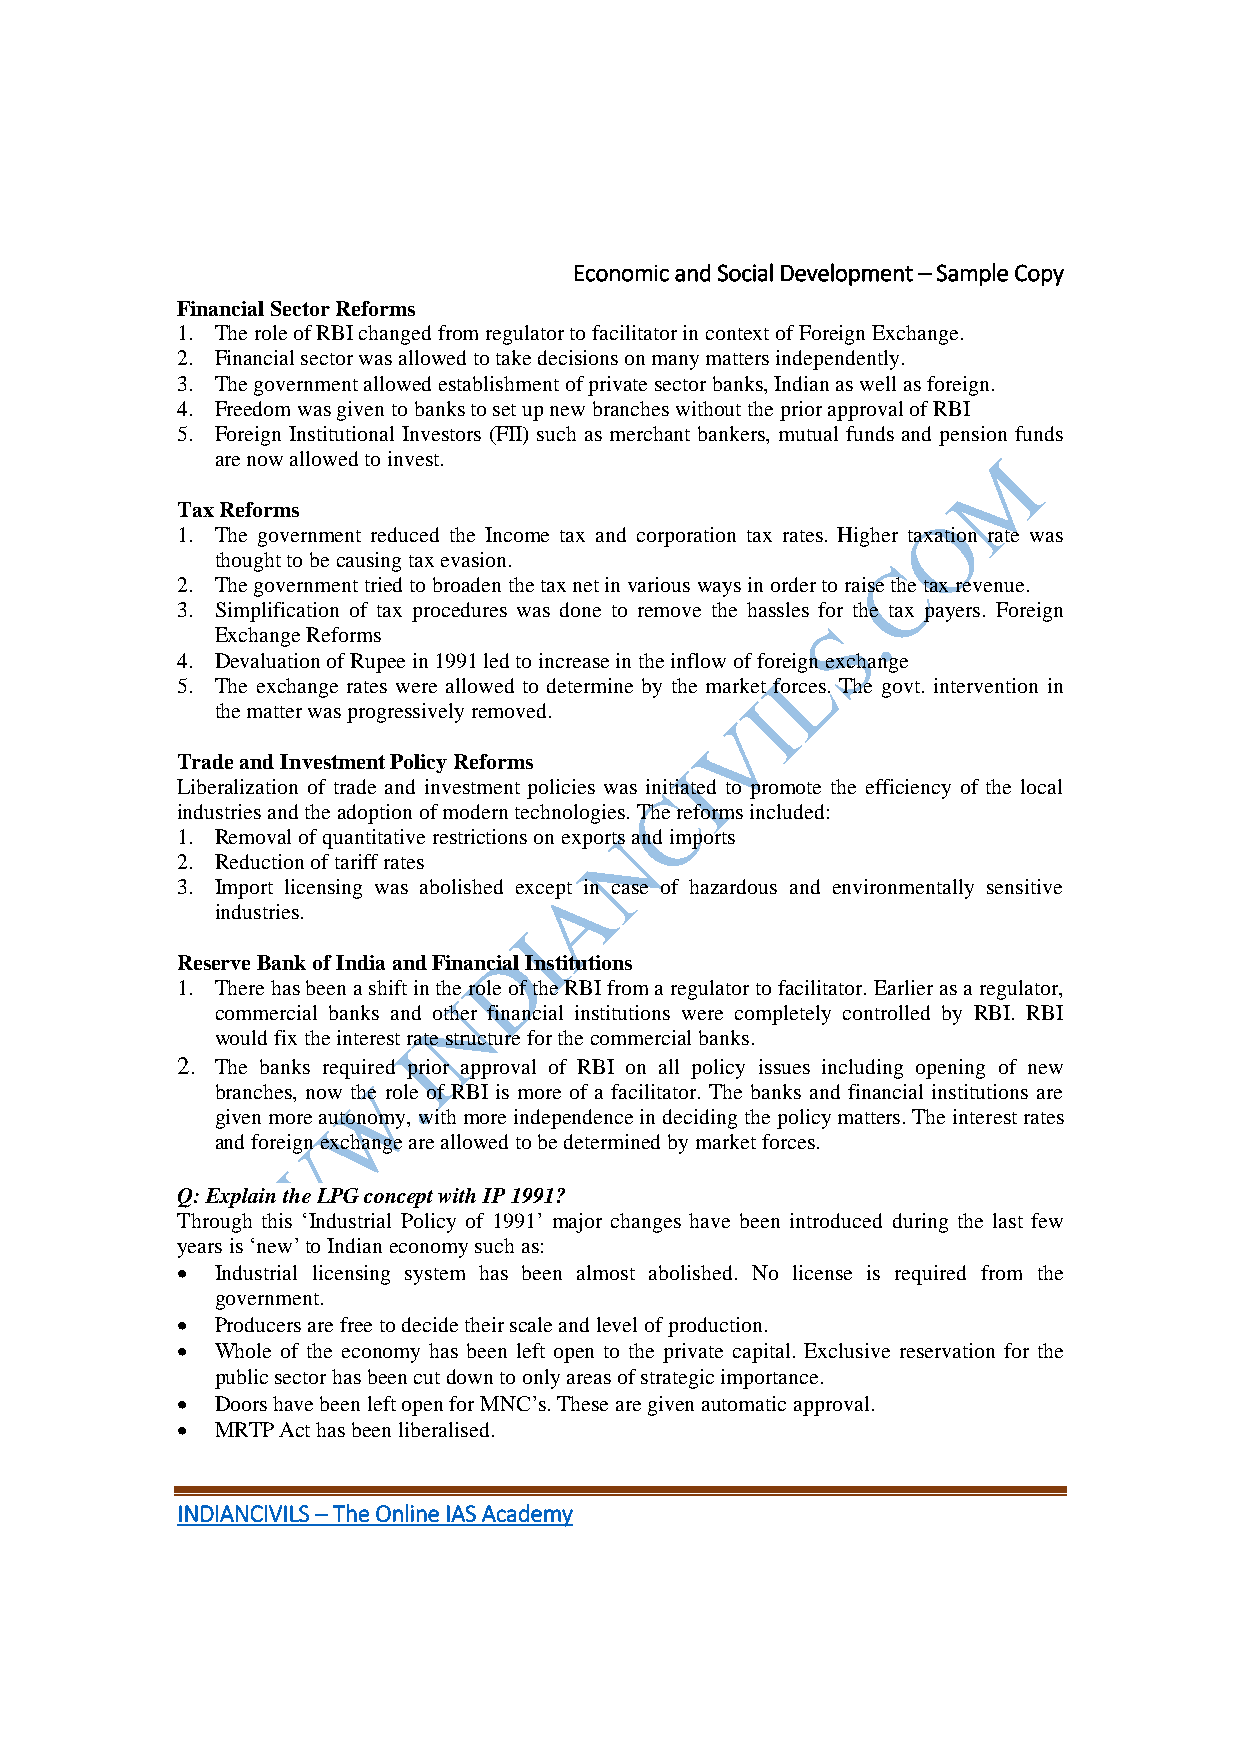
Economic and Social Development – Sample Copy
 Financial Sector Reforms
 1. The role of RBI changed from regulator to facilitator in context of Foreign Exchange.
 2. Financial sector was allowed to take decisions on many matters independently.
 3. The government allowed establishment of private sector banks, Indian as well as foreign.
 4. Freedom was given to banks to set up new branches without the prior approval of RBI
 5. Foreign Institutional Investors (FII) such as merchant bankers, mutual funds and pension funds
 are now allowed to invest.
 Tax Reforms
 1. The government reduced the Income tax and corporation tax rates. Higher taxation rate was
 thought to be causing tax evasion.
 2. The government tried to broaden the tax net in various ways in order to raise the tax revenue.
 3. Simplification of tax procedures was done to remove the hassles for the tax payers. Foreign
 Exchange Reforms
 4. Devaluation of Rupee in 1991 led to increase in the inflow of foreign exchange
 5. The exchange rates were allowed to determine by the market forces. The govt. intervention in
 the matter was progressively removed.
 Trade and Investment Policy Reforms
 Liberalization of trade and investment policies was initiated to promote the efficiency of the local
 industries and the adoption of modern technologies. The reforms included:
 1. Removal of quantitative restrictions on exports and imports
 2. Reduction of tariff rates
 3. Import licensing was abolished except in case of hazardous and environmentally sensitive
 industries.
 Reserve Bank of India and Financial Institutions
 1. There has been a shift in the role of the RBI from a regulator to facilitator. Earlier as a regulator,
 commercial banks and other financial institutions were completely controlled by RBI. RBI
 would fix the interest rate structure for the commercial banks.
 2. The banks required prior approval of RBI on all policy issues including opening of new
 branches, now the role of RBI is more of a facilitator. The banks and financial institutions are
 given more autonomy, with more independence in deciding the policy matters. The interest rates
 and foreign exchange are allowed to be determined by market forces.
 Q: Explain the LPG concept with IP 1991?
 Through this ‘Industrial Policy of 1991’ major changes have been introduced during the last few
 years is ‘new’ to Indian economy such as:
  Industrial licensing system has been almost abolished. No license is required from the
 government.
  Producers are free to decide their scale and level of production.
  Whole of the economy has been left open to the private capital. Exclusive reservation for the
 public sector has been cut down to only areas of strategic importance.
  Doors have been left open for MNC’s. These are given automatic approval.
  MRTP Act has been liberalised.
 INDIANCIVILS – The Online IAS Academy